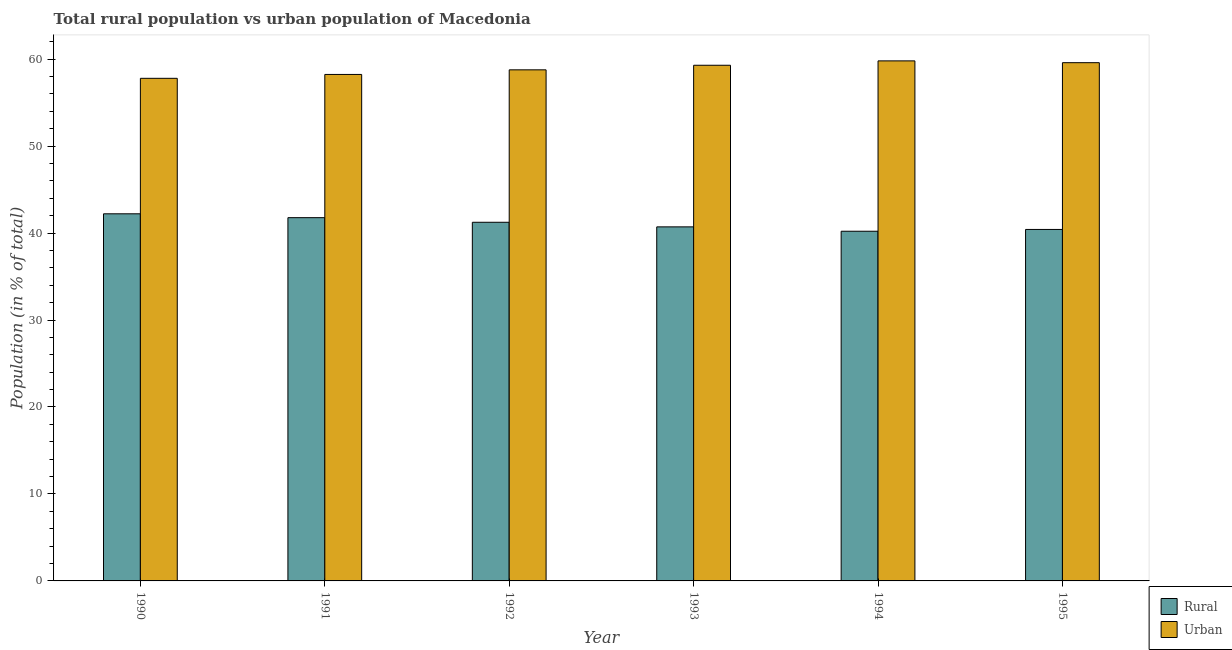
| Year | Rural | Urban |
 | --- | --- | --- |
 | 1990 | 42.2 | 57.8 |
 | 1991 | 41.8 | 58.2 |
 | 1992 | 41.2 | 58.8 |
 | 1993 | 40.7 | 59.3 |
 | 1994 | 40.2 | 59.8 |
 | 1995 | 40.4 | 59.6 |